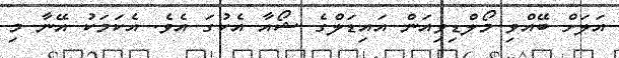
އަލަށް ބޭއްވި މޯލްޑިވިއަން އައިޑަލްގެ ޝޯއާ އެކުގަ އެވެ. އެކަމަކު އޭނާ މި